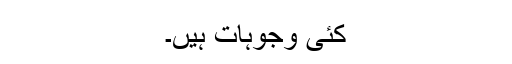
کئی وجوہات ہیں۔